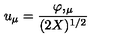
u _ { \mu } = { \frac { \varphi , _ { \mu } } { ( 2 X ) ^ { 1 / 2 } } }